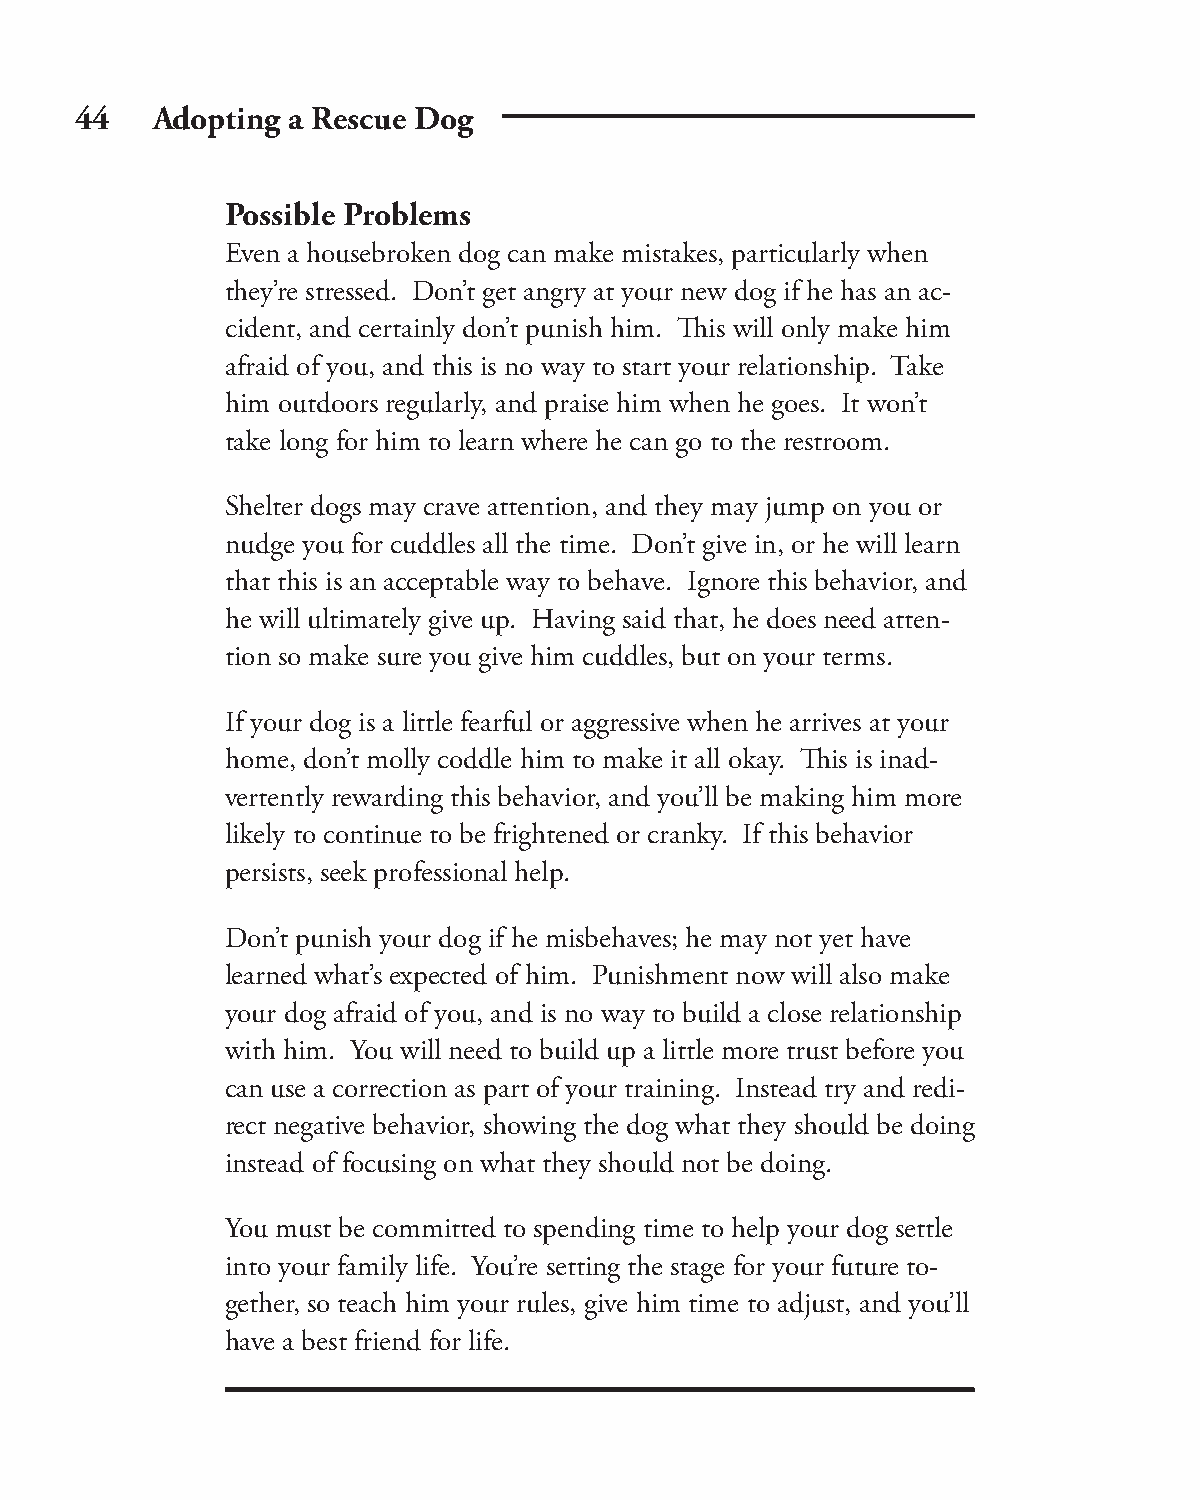
44   Adopting a Rescue Dog
 Possible Problems
 Even a housebroken dog can make mistakes, particularly when
 they’re stressed. Don’t get angry at your new dog if he has an ac-
 cident, and certainly don’t punish him. Th is will only make him
 afraid of you, and this is no way to start your relationship. Take
 him outdoors regularly, and praise him when he goes. It won’t
 take long for him to learn where he can go to the restroom.
 Shelter dogs may crave attention, and they may jump on you or
 nudge you for cuddles all the time. Don’t give in, or he will learn
 that this is an acceptable way to behave. Ignore this behavior, and
 he will ultimately give up. Having said that, he does need atten-
 tion so make sure you give him cuddles, but on your terms.
 If your dog is a little fearful or aggressive when he arrives at your
 home, don’t molly coddle him to make it all okay. Th is is inad-
 vertently rewarding this behavior, and you’ll be making him more
 likely to continue to be frightened or cranky. If this behavior
 persists, seek professional help.
 Don’t punish your dog if he misbehaves; he may not yet have
 learned what’s expected of him. Punishment now will also make
 your dog afraid of you, and is no way to build a close relationship
 with him. You will need to build up a little more trust before you
 can use a correction as part of your training. Instead try and redi-
 rect negative behavior, showing the dog what they should be doing
 instead of focusing on what they should not be doing.
 You must be committed to spending time to help your dog settle
 into your family life. You’re setting the stage for your future to-
 gether, so teach him your rules, give him time to adjust, and you’ll
 have a best friend for life.